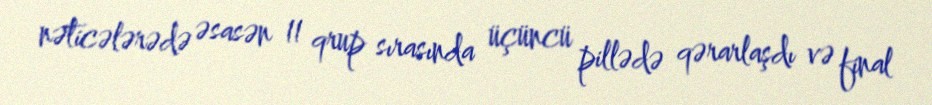
nəticələrədə əsasən 11 qrup sırasında üçüncü pillədə qərarlaşdı və final